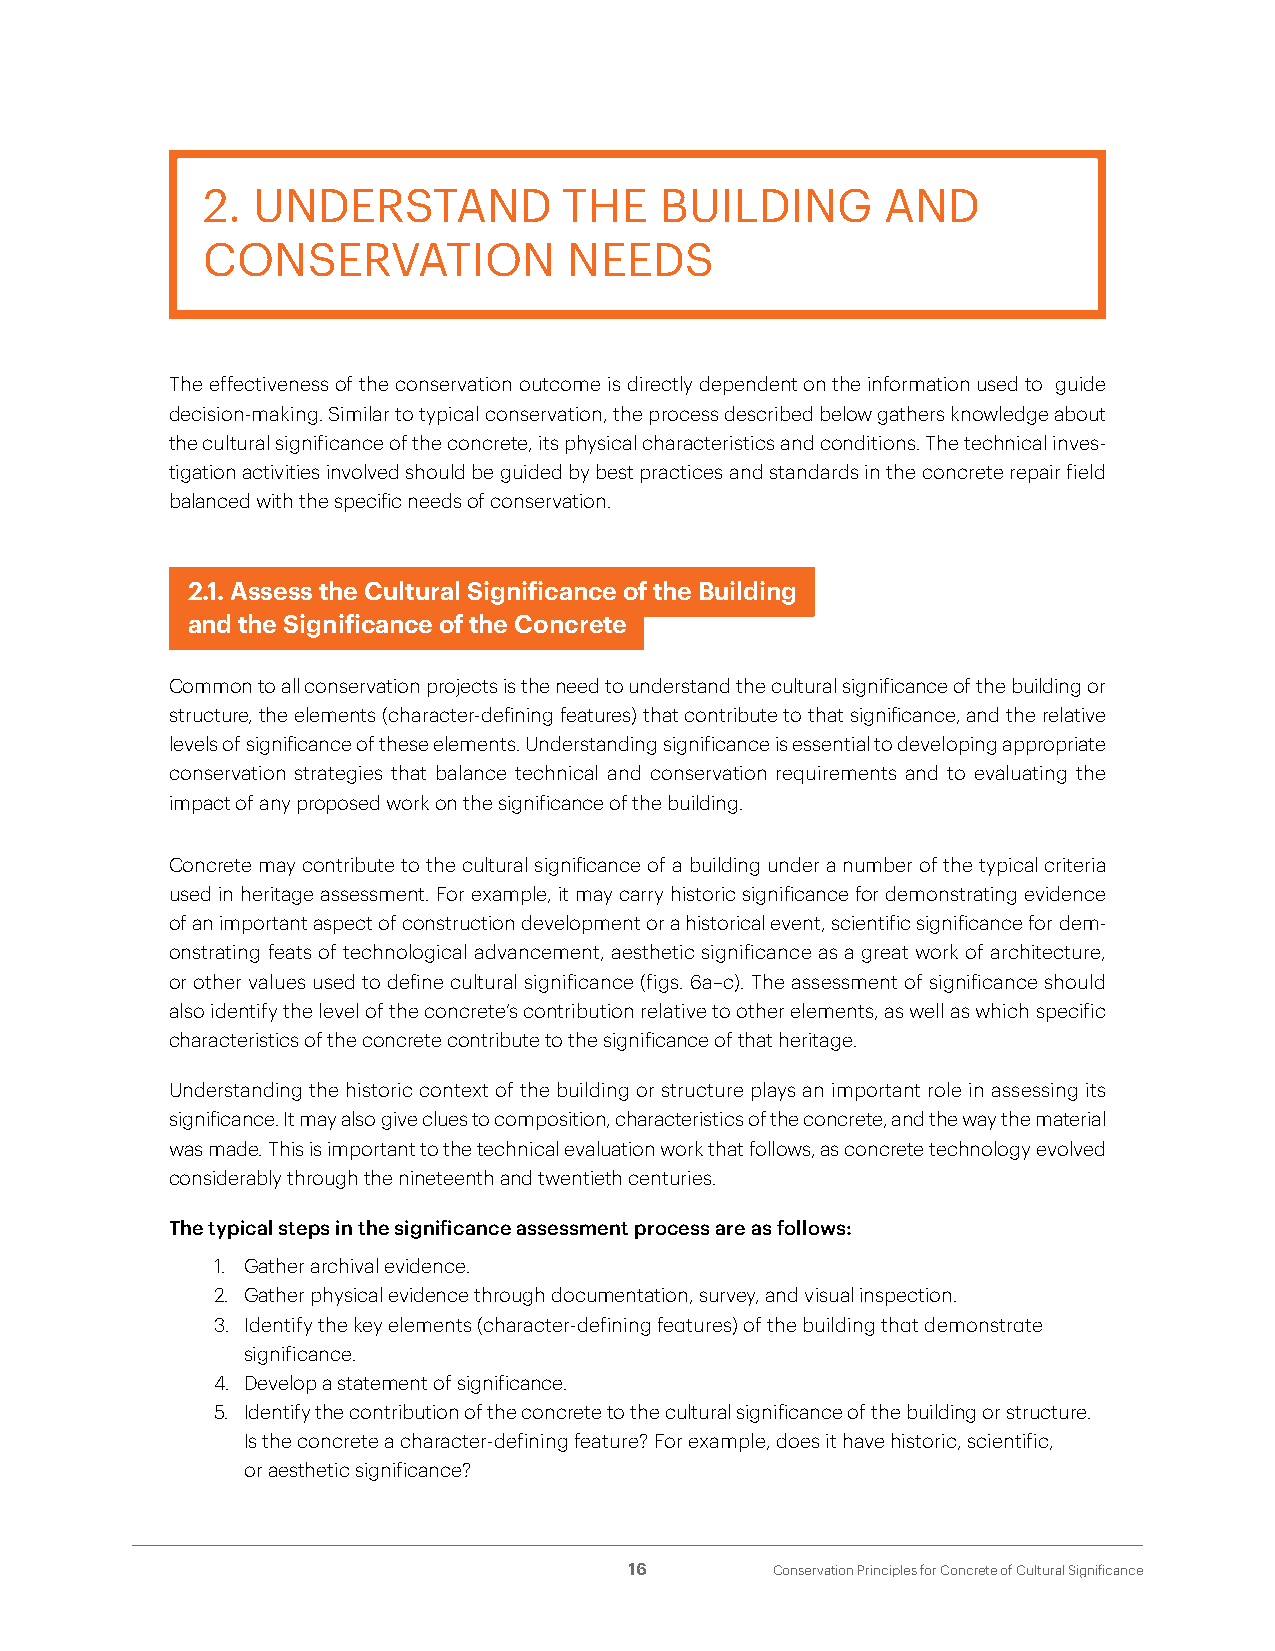
2.  UNDERSTAND          THE    BUILDING       AND
 CONSERVATION             NEEDS
 The effectiveness of the conservation outcome is directly dependent on the information used to guide
 decision-making. Similar to typical conservation, the process described below gathers knowledge about
 the cultural significance of the concrete, its physical characteristics and conditions. The technical inves-
 tigation activities involved should be guided by best practices and standards in the concrete repair field
 balanced with the specific needs of conservation.
 2.1. Assess the Cultural Significance of the Building
 and the Significance of the Concrete
 Common to all conservation projects is the need to understand the cultural significance of the building or
 structure, the elements (character-defining features) that contribute to that significance, and the relative
 levels of significance of these elements. Understanding significance is essential to developing appropriate
 conservation strategies that balance technical and conservation requirements and to evaluating the
 impact of any proposed work on the significance of the building.
 Concrete may contribute to the cultural significance of a building under a number of the typical criteria
 used in heritage assessment. For example, it may carry historic significance for demonstrating evidence
 of an important aspect of construction development or a historical event, scientific significance for dem-
 onstrating feats of technological advancement, aesthetic significance as a great work of architecture,
 or other values used to define cultural significance (figs. 6a–c). The assessment of significance should
 also identify the level of the concrete’s contribution relative to other elements, as well as which specific
 characteristics of the concrete contribute to the significance of that heritage.
 Understanding the historic context of the building or structure plays an important role in assessing its
 significance. It may also give clues to composition, characteristics of the concrete, and the way the material
 was made. This is important to the technical evaluation work that follows, as concrete technology evolved
 considerably through the nineteenth and twentieth centuries.
 The typical steps in the significance assessment process are as follows:
 1. Gather archival evidence.
 2. Gather physical evidence through documentation, survey, and visual inspection.
 3. Identify the key elements (character-defining features) of the building that demonstrate
 significance.
 4. Develop a statement of significance.
 5. Identify the contribution of the concrete to the cultural significance of the building or structure.
 Is the concrete a character-defining feature? For example, does it have historic, scientific,
 or aesthetic significance?
 16       Conservation Principles for Concrete of Cultural Significance